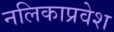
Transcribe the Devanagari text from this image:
नलिकाप्रवेश